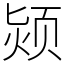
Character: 颎